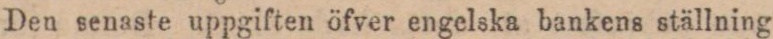
Den senaste uppgiften öfver engelska bankens ställning